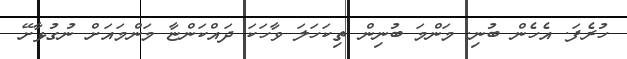
ހުރެފަ. އެހެން ބުނި. މަންމަ ބުނިން ތިކަހަލަ ވާހަކަ ދައްކަންޏާ މަންމައަށް ނުގުޅާށޭ